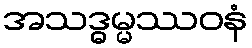
အသဒ္ဓမ္မဿဝနံ